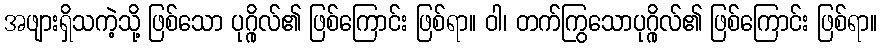
အဖျားရှိသကဲ့သို့ ဖြစ်သော ပုဂ္ဂိုလ်၏ ဖြစ်ကြောင်း ဖြစ်ရာ။ ဝါ၊ တက်ကြွသောပုဂ္ဂိုလ်၏ ဖြစ်ကြောင်း ဖြစ်ရာ။